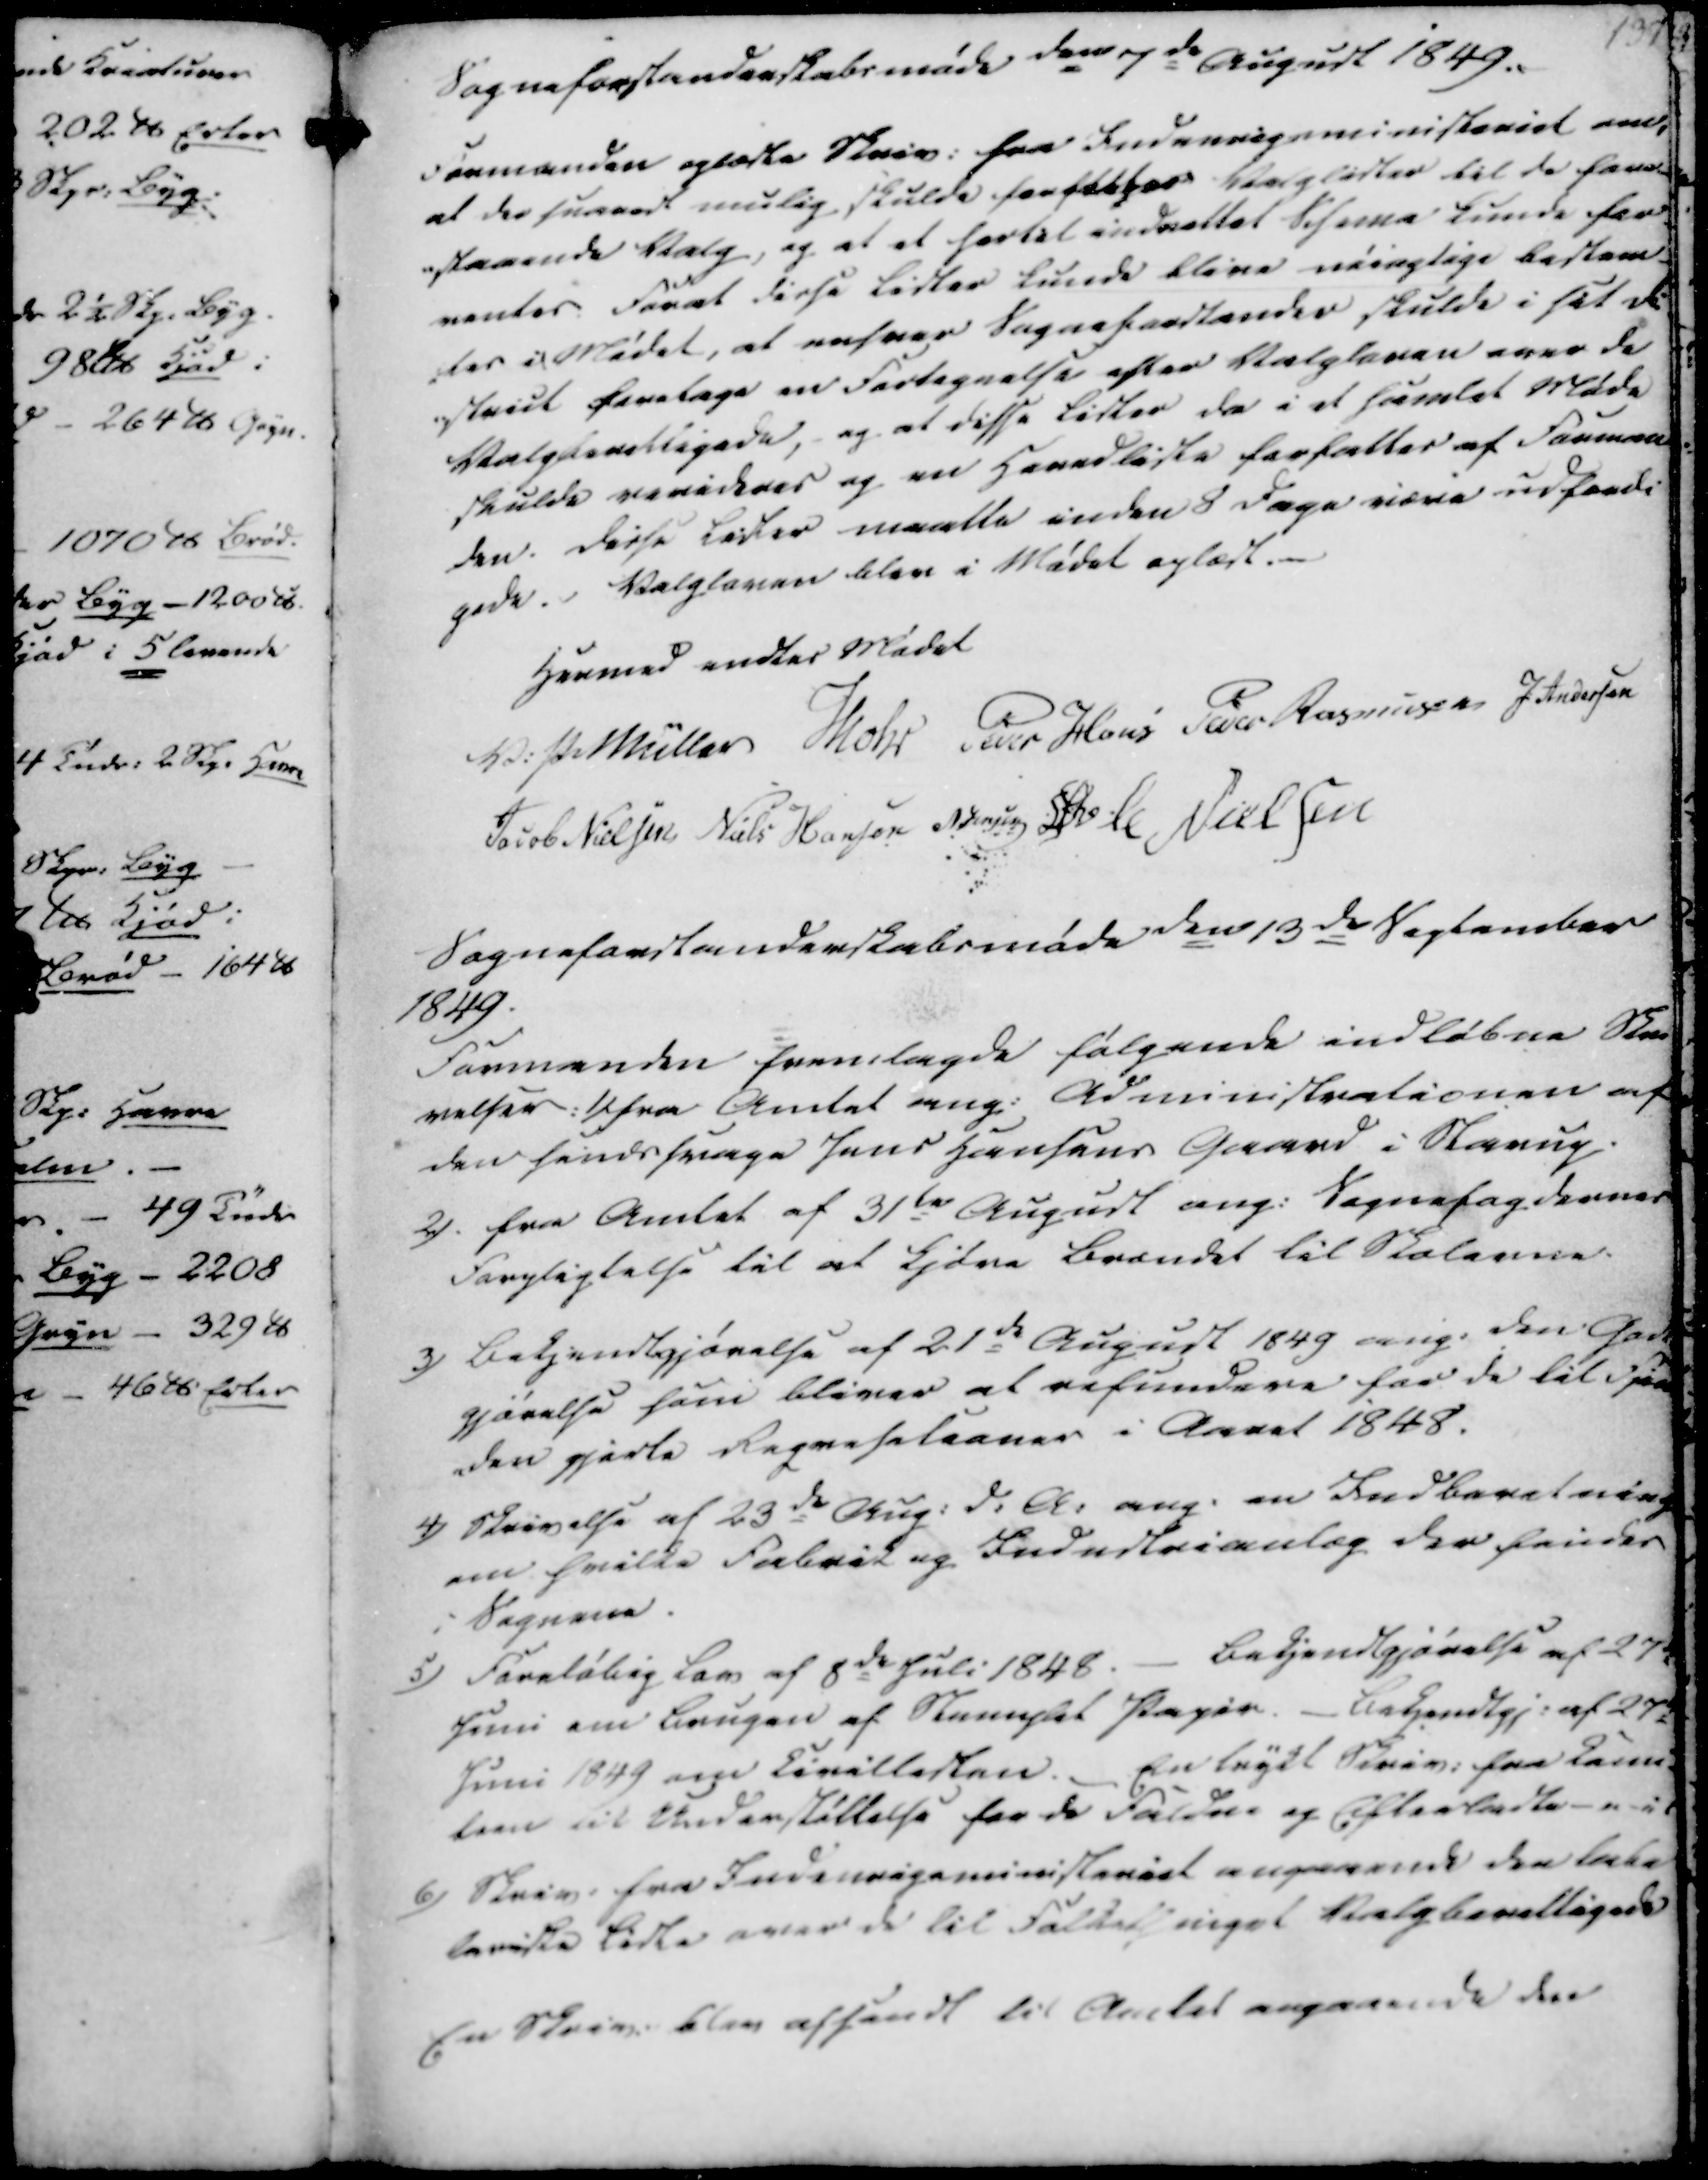
Transskription:
Sogneforstanderskabsmøde den 7de August 1849.
Formanden oplæste Skriv. fra Indenrigsministeriet om,
at der snarest mulig skulde forfattes Valglister til de fore-
-staaende Valg, og at et hertil indrettet Schema kunde for
ventes forat disse Lister kunde blive nøiagtige bestem-
tes i Mødet, at enhver Sogneforstander skulde i sit di
-strict foretage en Fortegnelse efter Valgloven over de
Valgberettigede, og at disse Lister da i et samlet Møde
skulde revideres og en Hovedliste forfattes af Forman-
den. Disse Lister maatte inden 8 dage være udfærdi
gede. Valgloven blev i Mødet oplæst.

Hermed endtes Mødet
V. P. Müller
Mohr
Peder Hans
Peder Rasmussen
J. Andersen
Jacob Nielsen
Niels Hansen
N. Jensen
Øvle Nielsen

Sogneforstanderskabsmøde den 13de September
1849.
Formanden fremlagde følgende indløbne Skri
velser: 1) fra Amtet ang. Administrationen af
den sindsvage Jens Hansens Gaard i Starup
2). fra Amtet af 31te August ang. Sognefogdernes
Forpligtelse til at kjøre Brændet til Skoleveie.
3) Bekjendtgjørelse af 21de August 1849 ang. den Godt
gjørelse som bliver at refundere for de til Fjen
-den gjorte Reqvesetioner i Aaret 1848.
4) Skrivelse af 23de Aug. d.A. ang. en Indberetning
om hvilke Fabrik og Industrianlæg der findes
i Sognene
5) Foreløbig Lov af 8de Juli 1848. - Bekjendtgjørelse af 27de
Juni om Brugen af Stemplet Papir. - Bekjendtgj. af 27de
Juni 1849 om Civillesten. - En trykt Skriv. fra Commi
teen til Understøttelse for de Faldne og Efterladte 
6) Skriv. fra Indenrigsministeriet angaaende den tale
leviste Liste over de til Folkethinget noget Valgberettigede
En Skriv. blev afsendt til Amtet angaaende den